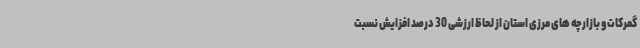
گمرکات و بازارچه های مرزی استان از لحاظ ارزشی 30 درصد افزایش نسبت